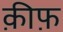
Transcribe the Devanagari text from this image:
क़ीफ़